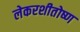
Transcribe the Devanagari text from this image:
लेकरशीतोष्ण